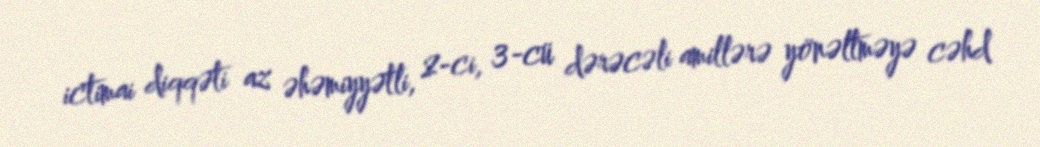
ictimai diqqəti az əhəmiyyətli, 2-ci, 3-cü dərəcəli amillərə yönəltməyə cəhd